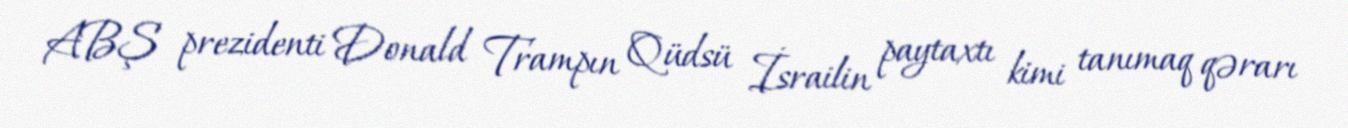
ABŞ prezidenti Donald Trampın Qüdsü İsrailin paytaxtı kimi tanımaq qərarı